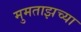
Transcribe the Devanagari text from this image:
मुमताझच्या